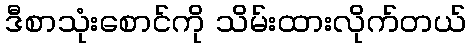
ဒီစာသုံးစောင်ကို သိမ်းထားလိုက်တယ်